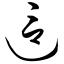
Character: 这